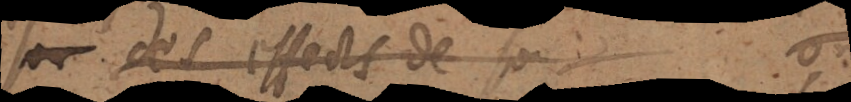
son des effects de son